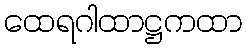
ထေရဂါထာဋ္ဌကထာ